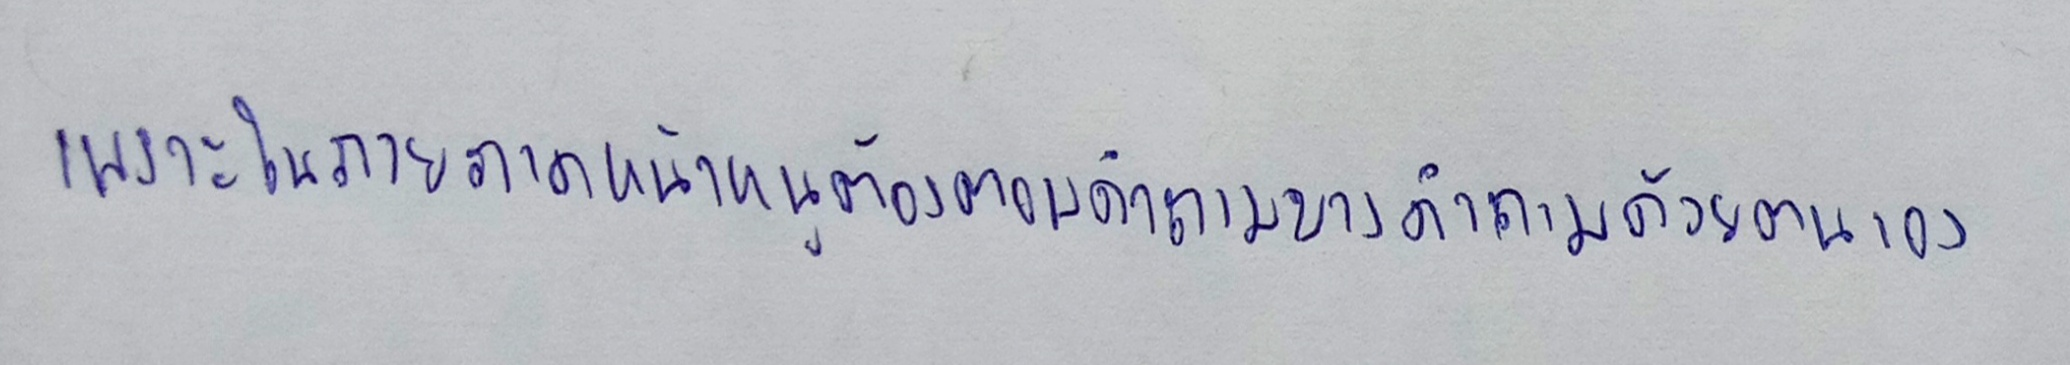
เพราะในภายภาคหน้าหนูต้องตอบคำถามบางคำถามด้วยตนเอง